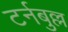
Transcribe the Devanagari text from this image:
टर्नबुल्ल